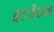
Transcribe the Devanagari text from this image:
इंटर्वेंशन